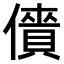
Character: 𠏱